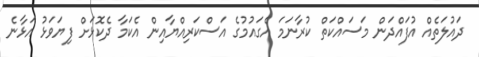
ދައުލަތެއް އުފައްދަން މަސައްކަތް ކުރާނަމަ އެގައުމުގެ އަސްކަރިއްޔާއިން އެކަމާ ދެކޮޅަށް ފިޔަވަޅު އަޅާނެ